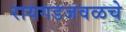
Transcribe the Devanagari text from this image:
रायगडजवळचे